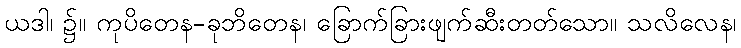
ယဒါ၊ ၌။ ကုပိတေန-ခုဘိတေန၊ ခြောက်ခြားဖျက်ဆီးတတ်သော။ သလိလေန၊